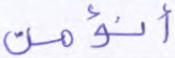
أنؤمن